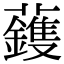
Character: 𮓈